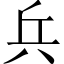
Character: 兵